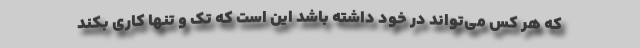
که هر کس می‌تواند در خود داشته باشد این است که تک و تنها کاری بکند